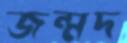
জন্মদ